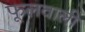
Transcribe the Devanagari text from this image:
फूलवाली